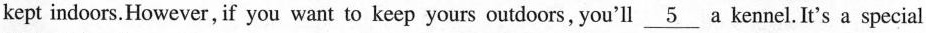
kept indoors.However, if you want to keep yours outdoors, you'll \underline{5} a kennel. It's a special